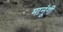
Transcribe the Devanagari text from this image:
मानूंगी